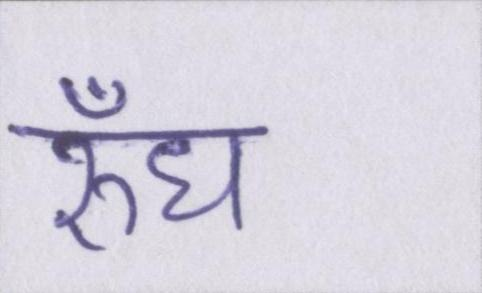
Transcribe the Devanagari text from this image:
रुँध